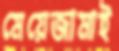
মেয়েজামাই